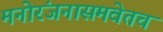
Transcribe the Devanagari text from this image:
मनोरंजनासमवेतच